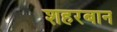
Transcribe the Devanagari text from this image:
शहरबान